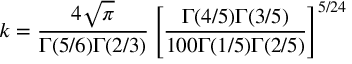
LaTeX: k = \frac { 4 \sqrt { \pi } } { \Gamma ( 5 / 6 ) \Gamma ( 2 / 3 ) } \left[ \frac { \Gamma ( 4 / 5 ) \Gamma ( 3 / 5 ) } { 1 0 0 \Gamma ( 1 / 5 ) \Gamma ( 2 / 5 ) } \right] ^ { 5 / 2 4 }